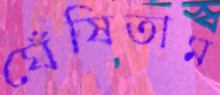
ঘেঁষিতাম